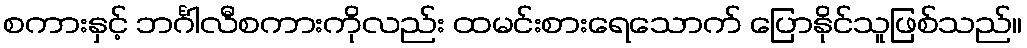
စကားနှင့် ဘင်္ဂါလီစကားကိုလည်း ထမင်းစားရေသောက် ပြောနိုင်သူဖြစ်သည်။